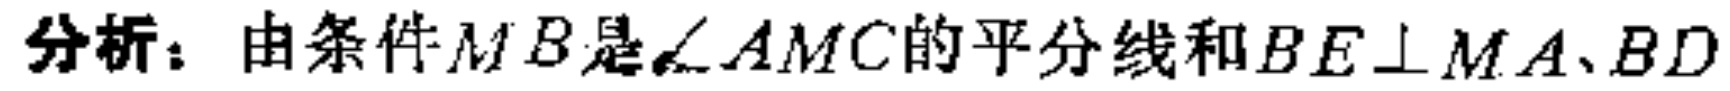
分析：由条件\(MB\)是\(\angle AMC\)的平分线和\(BE\perp MA、BD\)